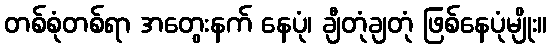
တစ်စုံတစ်ရာ အတွေးနက် နေပုံ၊ ချီတုံချတုံ ဖြစ်နေပုံမျိုး။